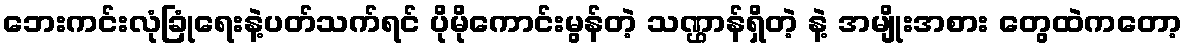
ဘေးကင်းလုံခြုံရေးနဲ့ပတ်သက်ရင် ပိုမိုကောင်းမွန်တဲ့ သဏ္ဌာန်ရှိတဲ့ နဲ့ အမျိုးအစား တွေထဲကတော့